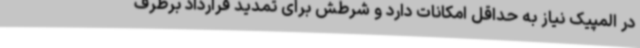
در المپیک نیاز به حداقل امکانات دارد و شرطش برای تمدید قرارداد برطرف